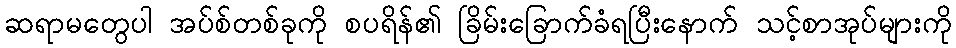
ဆရာမတွေပါ အပ်စ်တစ်ခုကို စပရိန်၏ ခြိမ်းခြောက်ခံရပြီးနောက် သင့်စာအုပ်များကို